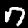
Label: 7